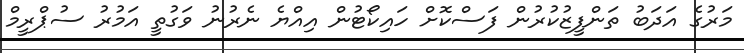
މަރުގެ އަދަބު ތަންފީޒުކުރުން ފަސްކޮށް ހައިކޯޓުން އިއްޔެ ނެރުނު ވަގުތީ އަމުރު ސުޕްރީމް